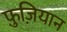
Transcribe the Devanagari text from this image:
फ़ुज़ियान